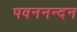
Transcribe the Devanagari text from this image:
पवननन्दन